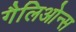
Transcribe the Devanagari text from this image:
गैलिओन्स